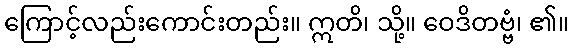
ကြောင့်လည်းကောင်းတည်း။ ဣတိ၊ သို့။ ဝေဒိတဗ္ဗံ၊ ၏။